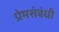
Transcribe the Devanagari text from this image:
प्रेमसंबंधी